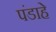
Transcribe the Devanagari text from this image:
पंडाहे